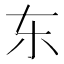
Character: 东